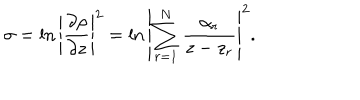
LaTeX: \sigma = \ln \left| { \frac { \partial \rho } { \partial z } } \right| ^ { 2 } = \ln \left| \sum _ { r = 1 } ^ { N } { \frac { \alpha _ { r } } { z - z _ { r } } } \right| ^ { 2 } .